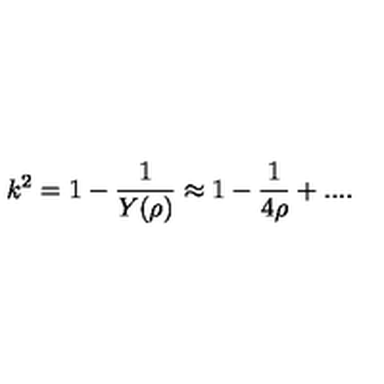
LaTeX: k ^ { 2 } = 1 - \frac { 1 } { Y ( \rho ) } \approx 1 - \frac { 1 } { 4 \rho } + . . . .